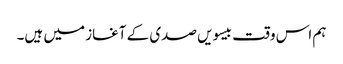
ہم اس وقت بیسویں صدی کے آغاز میں ہیں۔